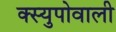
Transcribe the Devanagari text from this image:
क्स्युपोवाली